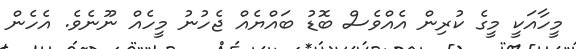
މީހާއަކީ މީގެ ކުރިން އެއްވެސް ބޮޑު ބައްޔެއް ޖެހުނު މީހެއް ނޫނެވެ. އެހެން